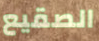
الصقيع